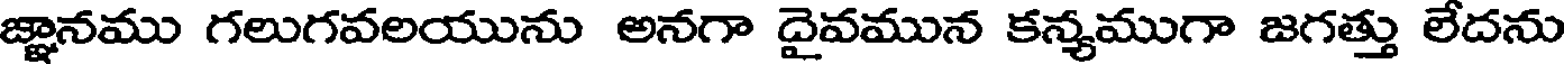
జ్ఞానము గలుగవలయును అనగా దైవమున కన్యముగా జగత్తు లేదను